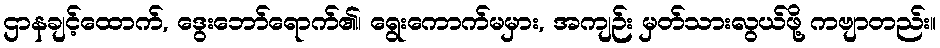
ဌာနချင့်ထောက်, ဒွေးဘော်ရောက်၏၊ ရွေးကောက်မမှား, အကျဉ်း မှတ်သားလွယ်ဖို့ ကဗျာတည်း။